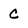
Character: C